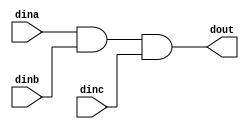
`timescale 1ns / 1ps
//////////////////////////////////////////////////////////////////////////////////
// Company: 
// Engineer: 
// 
// Design Name: 
// Module Name: And4
// Project Name: 
// Target Devices: 
// Tool Versions: 
// Description: 
// 
// Dependencies: 
// 
// Revision:
// Revision 0.01 - File Created
// Additional Comments:
// 
//////////////////////////////////////////////////////////////////////////////////


module And4(
input dina,dinb,dinc,
output dout
);

assign dout = dina & dinb & dinc;
endmodule